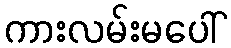
ကားလမ်းမပေါ်